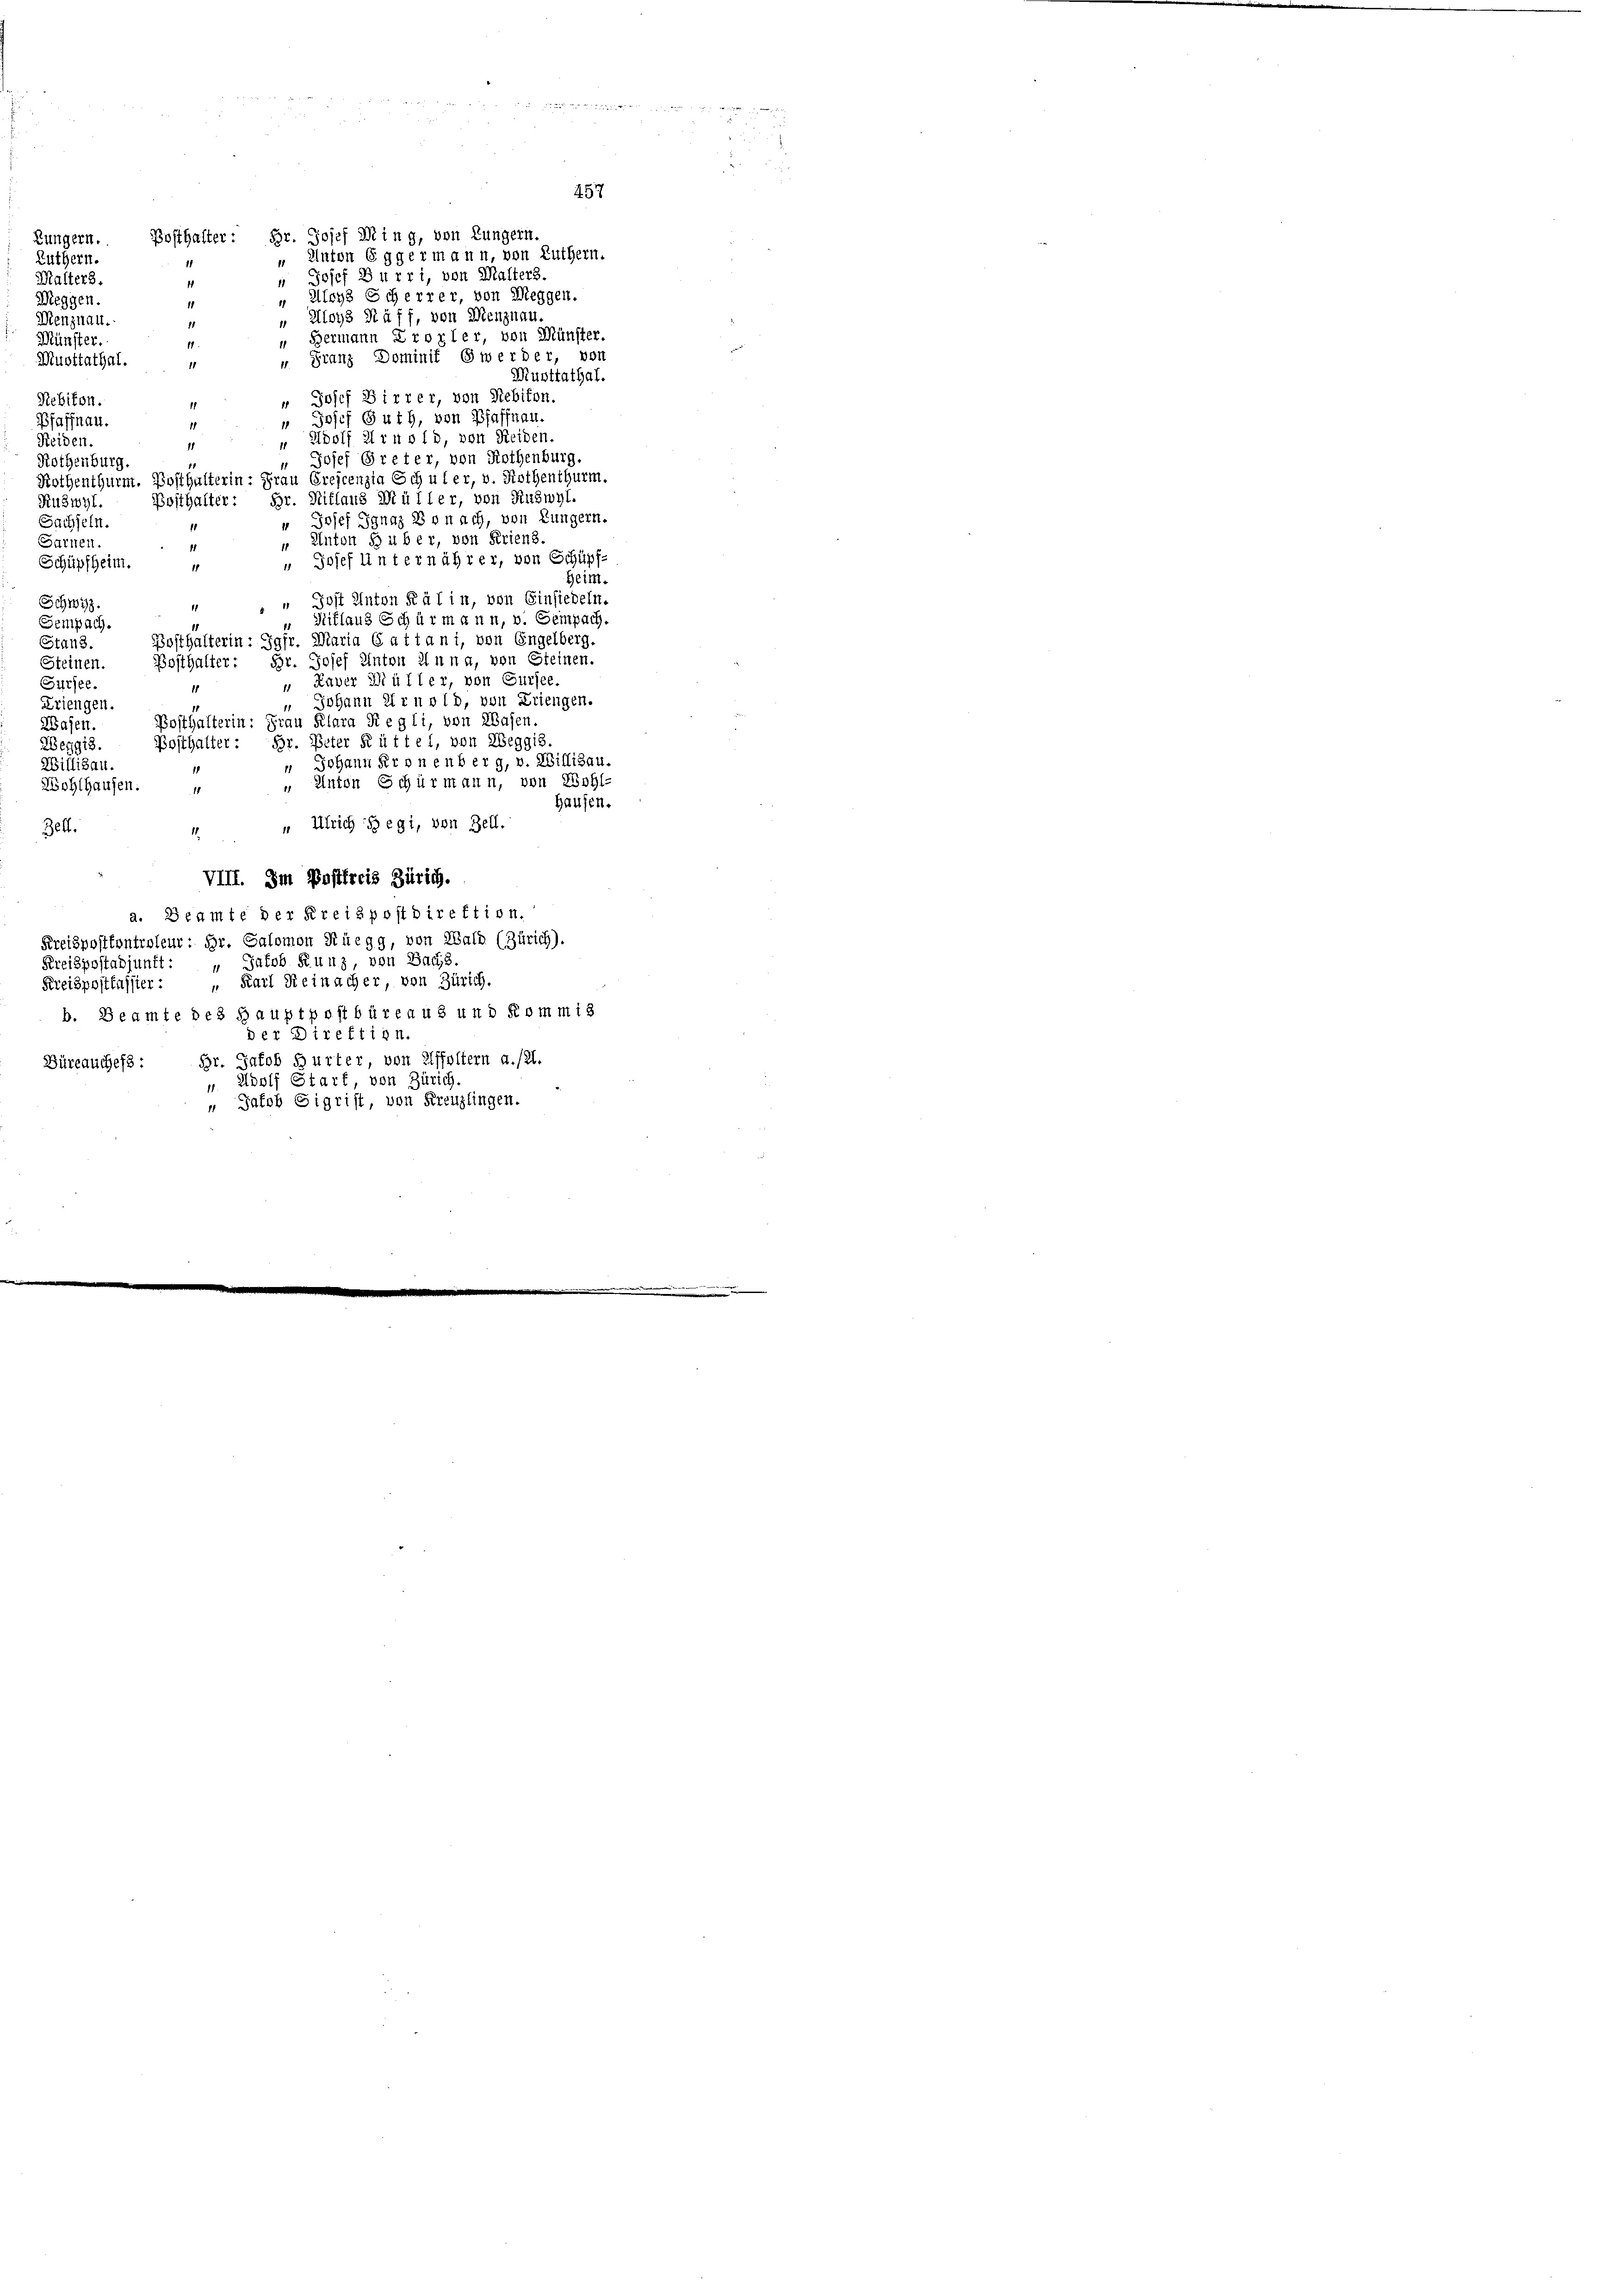
Rothenburg
Ruswyl.
Sachseln.
Sarnen.
Schüpfheim.
Schwyz.
Sempach.
Stand.
Steinen
Sursee.
Kriengen.
Wasen.
Weggis.
Willisau.
Wohlhausen.
Bett.
Kreispostabjunft: „Jakob Runz, von Bads.
Kreispostfussier: „Karl Reinacher, von Zürich.
b. Beamte des Hauptpostbüreaus und Kommis
der Direktion.
Büreauchess: Hr. Jakob Burter, von Affoltern a./21.
 Adolf Start, von Zürich
„ Jakob Sigrist, von Kreuzlingen.

Zungern.
Luthern.
11
Malters.
1
Meggen.
Menznau.
11
Münster.
11.
Muntiathal.
1
Rebiton.
Pfaffnau.
1
Reiden.

Posthalter: Hr. Josef Ming, von Lungern.
" Anton Eggermann, von Luthern.
" Josef Burri, von Malters.
" Aloys Scherrer, von Weggen.
" Aloys Häff, von Menznau.
" Hermann Prozler, von Münster.
v. Franz Domini Gwerder, von
Musttathal.
" Josef Birrer, von Rebikon.
" Josef Guth, von Pfaffnau.
„ Adolf Arnold, von Reiden.
Josef Greter, von Rothenburg.
Rothenthurm. Posthalterin: Frau Crejcenzia Schuler, v. Rothenthurm.
Posthalter: Hr. Ritlaus Müller, von Ruswyl.
" Josef Ignaz B o nach, von Lungern.
 Anton S uber, von Friens.
1
" Josef Unternährer, von Schüpf-
1
Heim.
" Jost Anton Kälin, von Einsiedeln
1
"Hiflaus Schürmann, v. Gempach.
Posthalterin: Jgfr. Maria Cattani, von Engelberg.
Bosthalter: Hr. Josef Anton Anna, von Steinen.
 Raver Müller, von Gursee.
1
" Johann Arnold, von Kriengen.
Posthalterin: Frau Klara Segli, von Wasen.
Posthalter: Dr. Peter Rüttel, von Weggis
 Johann Kronenberg, v. Willisau.
" Anton Schürmann, von Rohl-
14
Hausen.
 Ulrich Hegi, von Zell.
i
VIII. Im Pastfreis Zürich.
a. Beamte der Kreispostdirektion.
Kreispositontroleur: Hr. Salomon Rüegg, von Wald (Zürich).

457